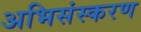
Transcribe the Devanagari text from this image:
अभिसंस्करण